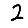
Digit: 2